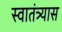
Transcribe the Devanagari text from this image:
स्वातंत्र्यास